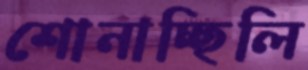
শোনাচ্ছিলি